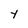
Character: Y